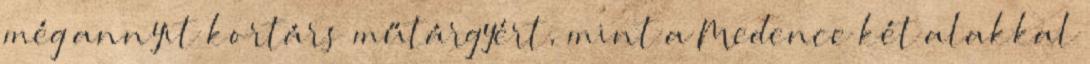
még annyit kortárs műtárgyért, mint a Medence két alakkal